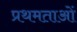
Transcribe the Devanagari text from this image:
प्रथमताओं